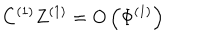
C ^ { ( 1 ) } Z ^ { ( 1 ) } = O \left( \Phi ^ { ( 1 ) } \right)